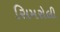
સિમરોલી